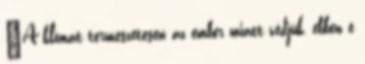
"A klímát természetesen az ember miatt védjük, ebben e